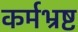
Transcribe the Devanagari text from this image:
कर्मभ्रष्ट